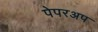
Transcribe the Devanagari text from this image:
पेपरअप